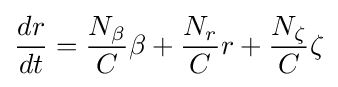
{\frac {dr}{dt}}={\frac {N_{\beta }}{C}}\beta +{\frac {N_{r}}{C}}r+{\frac {N_{\zeta }}{C}}\zeta